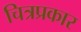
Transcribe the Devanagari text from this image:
चित्रप्रकार